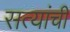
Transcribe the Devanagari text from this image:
सत्यांची